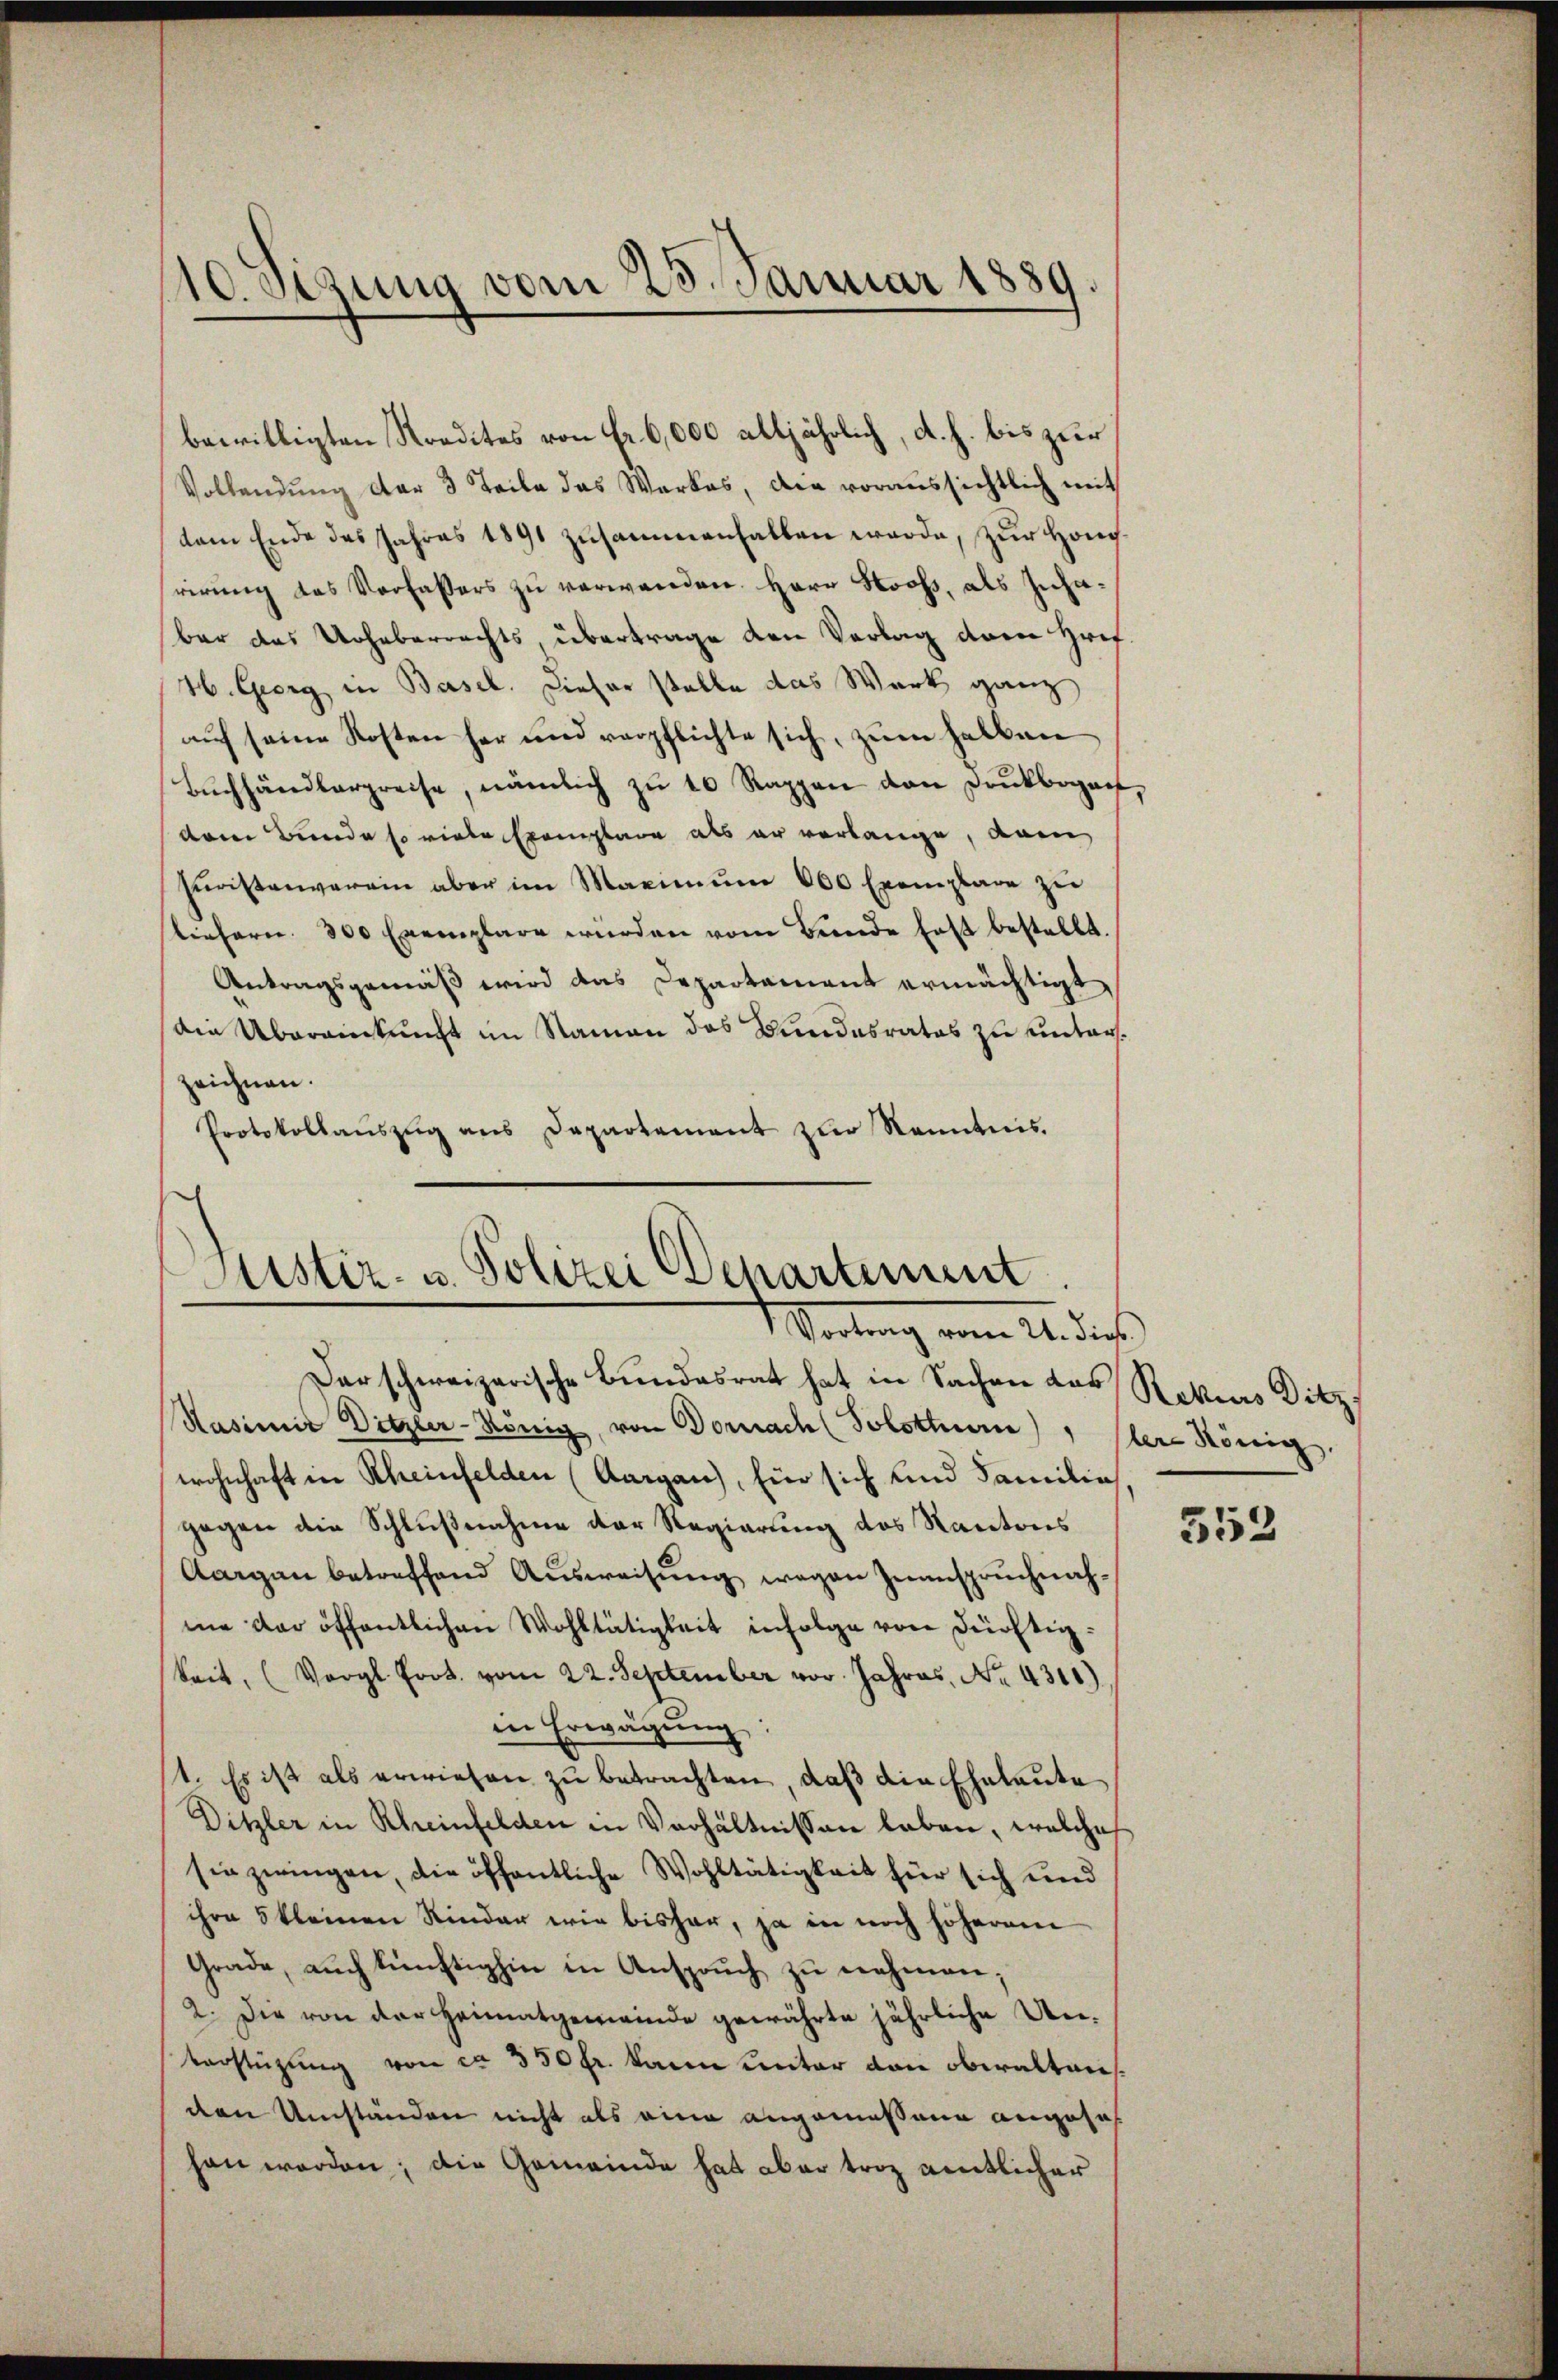
10. Sezung vom 25. Januar 1889.

bewilligten Kredites von Fr. 6,000 alljährlich, d. h. bis zur
Vollendung der 3 Teile das Werkes, die voraussichtlich mit
dem Ende des Jahres 1891 zusammenhalben werde, zur Honrirŭng des Verfassers zŭ verwenden. Herr Stooss, als Inhabar das Urheberrechts übertrage den Verlag der Href.
H. Georg in Basel. Dieser stelle das Werk ganz
auf seine Kosten her und verpflichte sich, zum halben
Bŭchhandlerpreise, nämlich zŭ 10 Rappen von Druckbogar,
dem Bunde so viele Exemplare als er verlange, dann
Fŭristenverein aber im Maximŭm 600 Exemplare zŭ
liefern. 300 Exemplare wurden vom Bunde fast bestellt.
Antragsgemäß wird das Departement ermächtigt,
Die Übereinkunft im Namen das Bundesrates zu unterszeichnen.
Protokollaŭszŭg ans Departement zur Kenntnis.

d
Justiz- u. Polizei Departement
Mortung vom 21. dies

Derschweizerische Bundesrat hat in Sachen das Rekurs Ditz
Kasimir Ditzler-König, von Dornach (Solothurn), dere König
wohnhaft in Rheinfelden (Aargau), Ein sich und Familie
gegen die Schlußnahme der Regierung des Kantons
Aargau betreffend Aŭsweisŭng wegen Zinspruchnah-
me der öffentlichen Wohltätigkeit infolge von Dürftig¬
Seit, (Vergl. Frot. vom 22. September vor. Jahres, No. 4311)
in Erwägŭng:
1. Es ist als erwiesen zu betrachten, daß die Eheleute
Ditzler in Rheinfelden in Verhältnissen leben, welches
sie zwingen, die öffentliche Wohltätigkeit für sich und
ihre 5 kleinen Kinder wie bisher, ja in noch höherem
Grade, aŭch künftighin in Ansprŭch zŭ nehmen;
2. Die von der Heimatgemeinde gewährte jährliche Un¬
Verstützung von ca 350 fr. kann unter den oberalten.
den Umständen nicht als eine angemessene angesa
han werden; die Gemeinde hat aber triz amtlicher

552